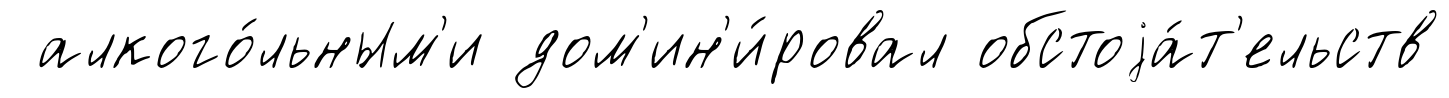
алкого́льным'и дом'ин'и́ровал обстоjа́т'ельств